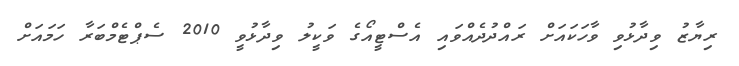
ރިޔާޒު ވިދާޅުވި ވާހަކައަށް ރައްދުދެއްވައި އެސްޓީއޯގެ ވަކީލު ވިދާޅުވީ 2010 ސެޕްޓެމްބަރާ ހަމައަށް